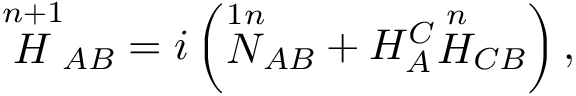
{ \stackrel { n + 1 } { H } } _ { A B } = i \left( { \stackrel { 1 n } { N } } _ { A B } + H _ { A } ^ { C } { \stackrel { n } { H } } _ { C B } \right) ,